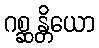
ဂစ္ဆန္တိယော